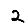
Digit: 2